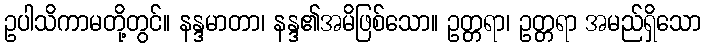
ဥပါသိကာမတို့တွင်။ နန္ဒမာတာ၊ နန္ဒ၏အမိဖြစ်သော။ ဥတ္တရာ၊ ဥတ္တရာ အမည်ရှိသော